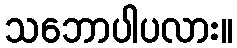
သဘောပါပလား။